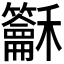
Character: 𥤖